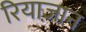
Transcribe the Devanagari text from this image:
रियाज़ान